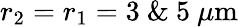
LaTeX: r_{2}=r_{1}=3~\& ~5\ \mu\mathrm{m}